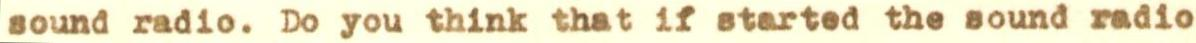
sound radio. Do you think that if started the sound radio